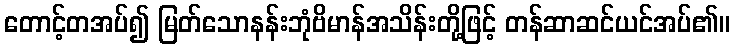
တောင့်တအပ်၍ မြတ်သောနန်းဘုံဗိမာန်အသိန်းတို့ဖြင့် တန်ဆာဆင်ယင်အပ်၏။